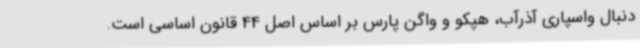
دنبال واسپاری آذرآب، هپکو و واگن پارس بر اساس اصل 44 قانون اساسی است.